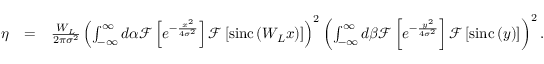
\begin{array} { r l r } { \eta } & { = } & { \frac { W _ { L } } { 2 \pi \sigma ^ { 2 } } \left( \int _ { - \infty } ^ { \infty } d \alpha \mathcal { F } \left[ e ^ { - \frac { x ^ { 2 } } { 4 \sigma ^ { 2 } } } \right] \mathcal { F } \left[ \mathrm { s i n c } \left( W _ { L } x \right) \right] \right) ^ { 2 } \left( \int _ { - \infty } ^ { \infty } d \beta \mathcal { F } \left[ e ^ { - \frac { y ^ { 2 } } { 4 \sigma ^ { 2 } } } \right] \mathcal { F } \left[ \mathrm { s i n c } \left( y \right) \right] \right) ^ { 2 } . } \end{array}